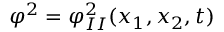
\varphi ^ { 2 } = \varphi _ { I I } ^ { 2 } ( x _ { 1 } , x _ { 2 } , t )